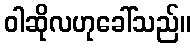
ဝါဆိုလဟုခေါ်သည်။